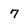
Character: 7